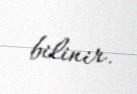
bilinir.